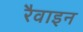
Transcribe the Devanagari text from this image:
रैवाइन